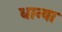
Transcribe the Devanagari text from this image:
धान्या